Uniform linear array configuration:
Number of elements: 8
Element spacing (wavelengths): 0.5
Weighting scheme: hann
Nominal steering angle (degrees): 30
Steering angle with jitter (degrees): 31.731
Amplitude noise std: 0.05
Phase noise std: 0.05

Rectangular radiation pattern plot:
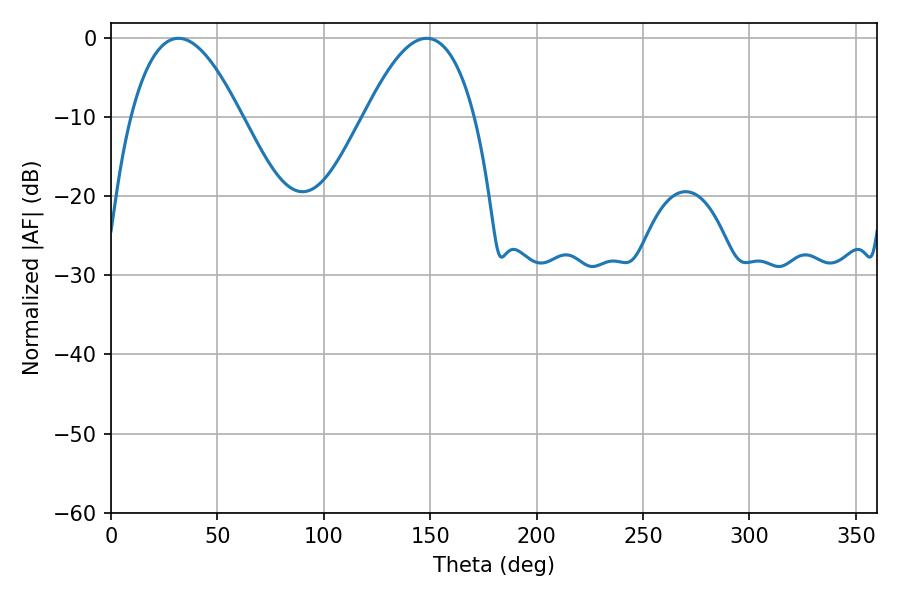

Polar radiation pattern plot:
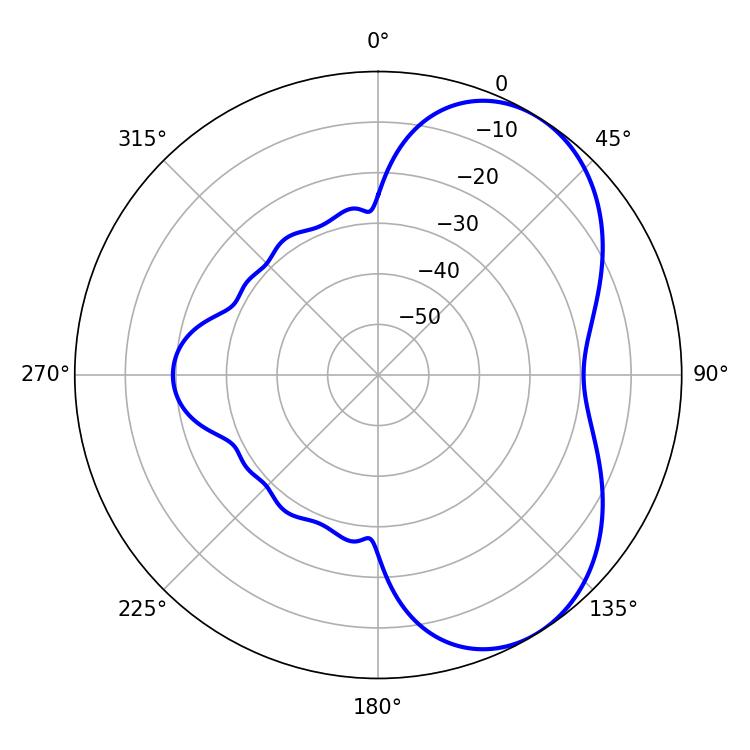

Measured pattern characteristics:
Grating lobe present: FALSE
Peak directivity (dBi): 5.315
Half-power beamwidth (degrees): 28.44
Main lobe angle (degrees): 31.68